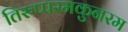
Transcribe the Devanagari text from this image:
तिरुप्परमकुनरम